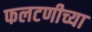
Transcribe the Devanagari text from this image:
फलटणीच्या